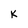
Character: K